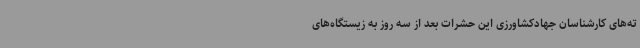
ته‌های کارشناسان جهادکشاورزی این حشرات بعد از سه روز به زیستگاه‌های